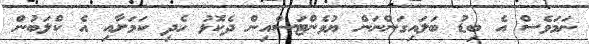
ނަމަވެސް އެ ބިޑު ބަލައިގަންނަން ޔުވެންޓަސްއިން ދެކޮޅު ހެދި ކަމަށާއި އެ ކްލަބުން